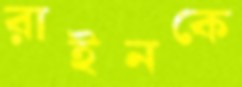
রাইনকে